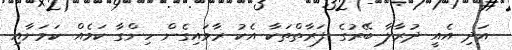
އަދި އެއީ ދުރާލާ ބޭރުގެ ފަރާތްތަކާ އެކު ރާވައިގެން ހިންގާ ކަމެއް ކަމަށާއި